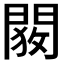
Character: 𬮋